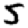
Digit: 5